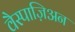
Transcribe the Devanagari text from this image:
वैस्पाज़िअन